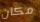
مكان